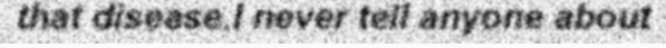
that disease.I never tell anyone about